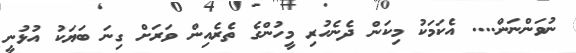
ނުވަންނަން.... އެކަމަކު މިކަން ދެނެހުރި މީހުންގެ ތެރެއިން ވަރަށް ގިނަ ބަޔަކު އުޅުނީ